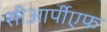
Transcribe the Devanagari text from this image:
सीआर्पीएफ